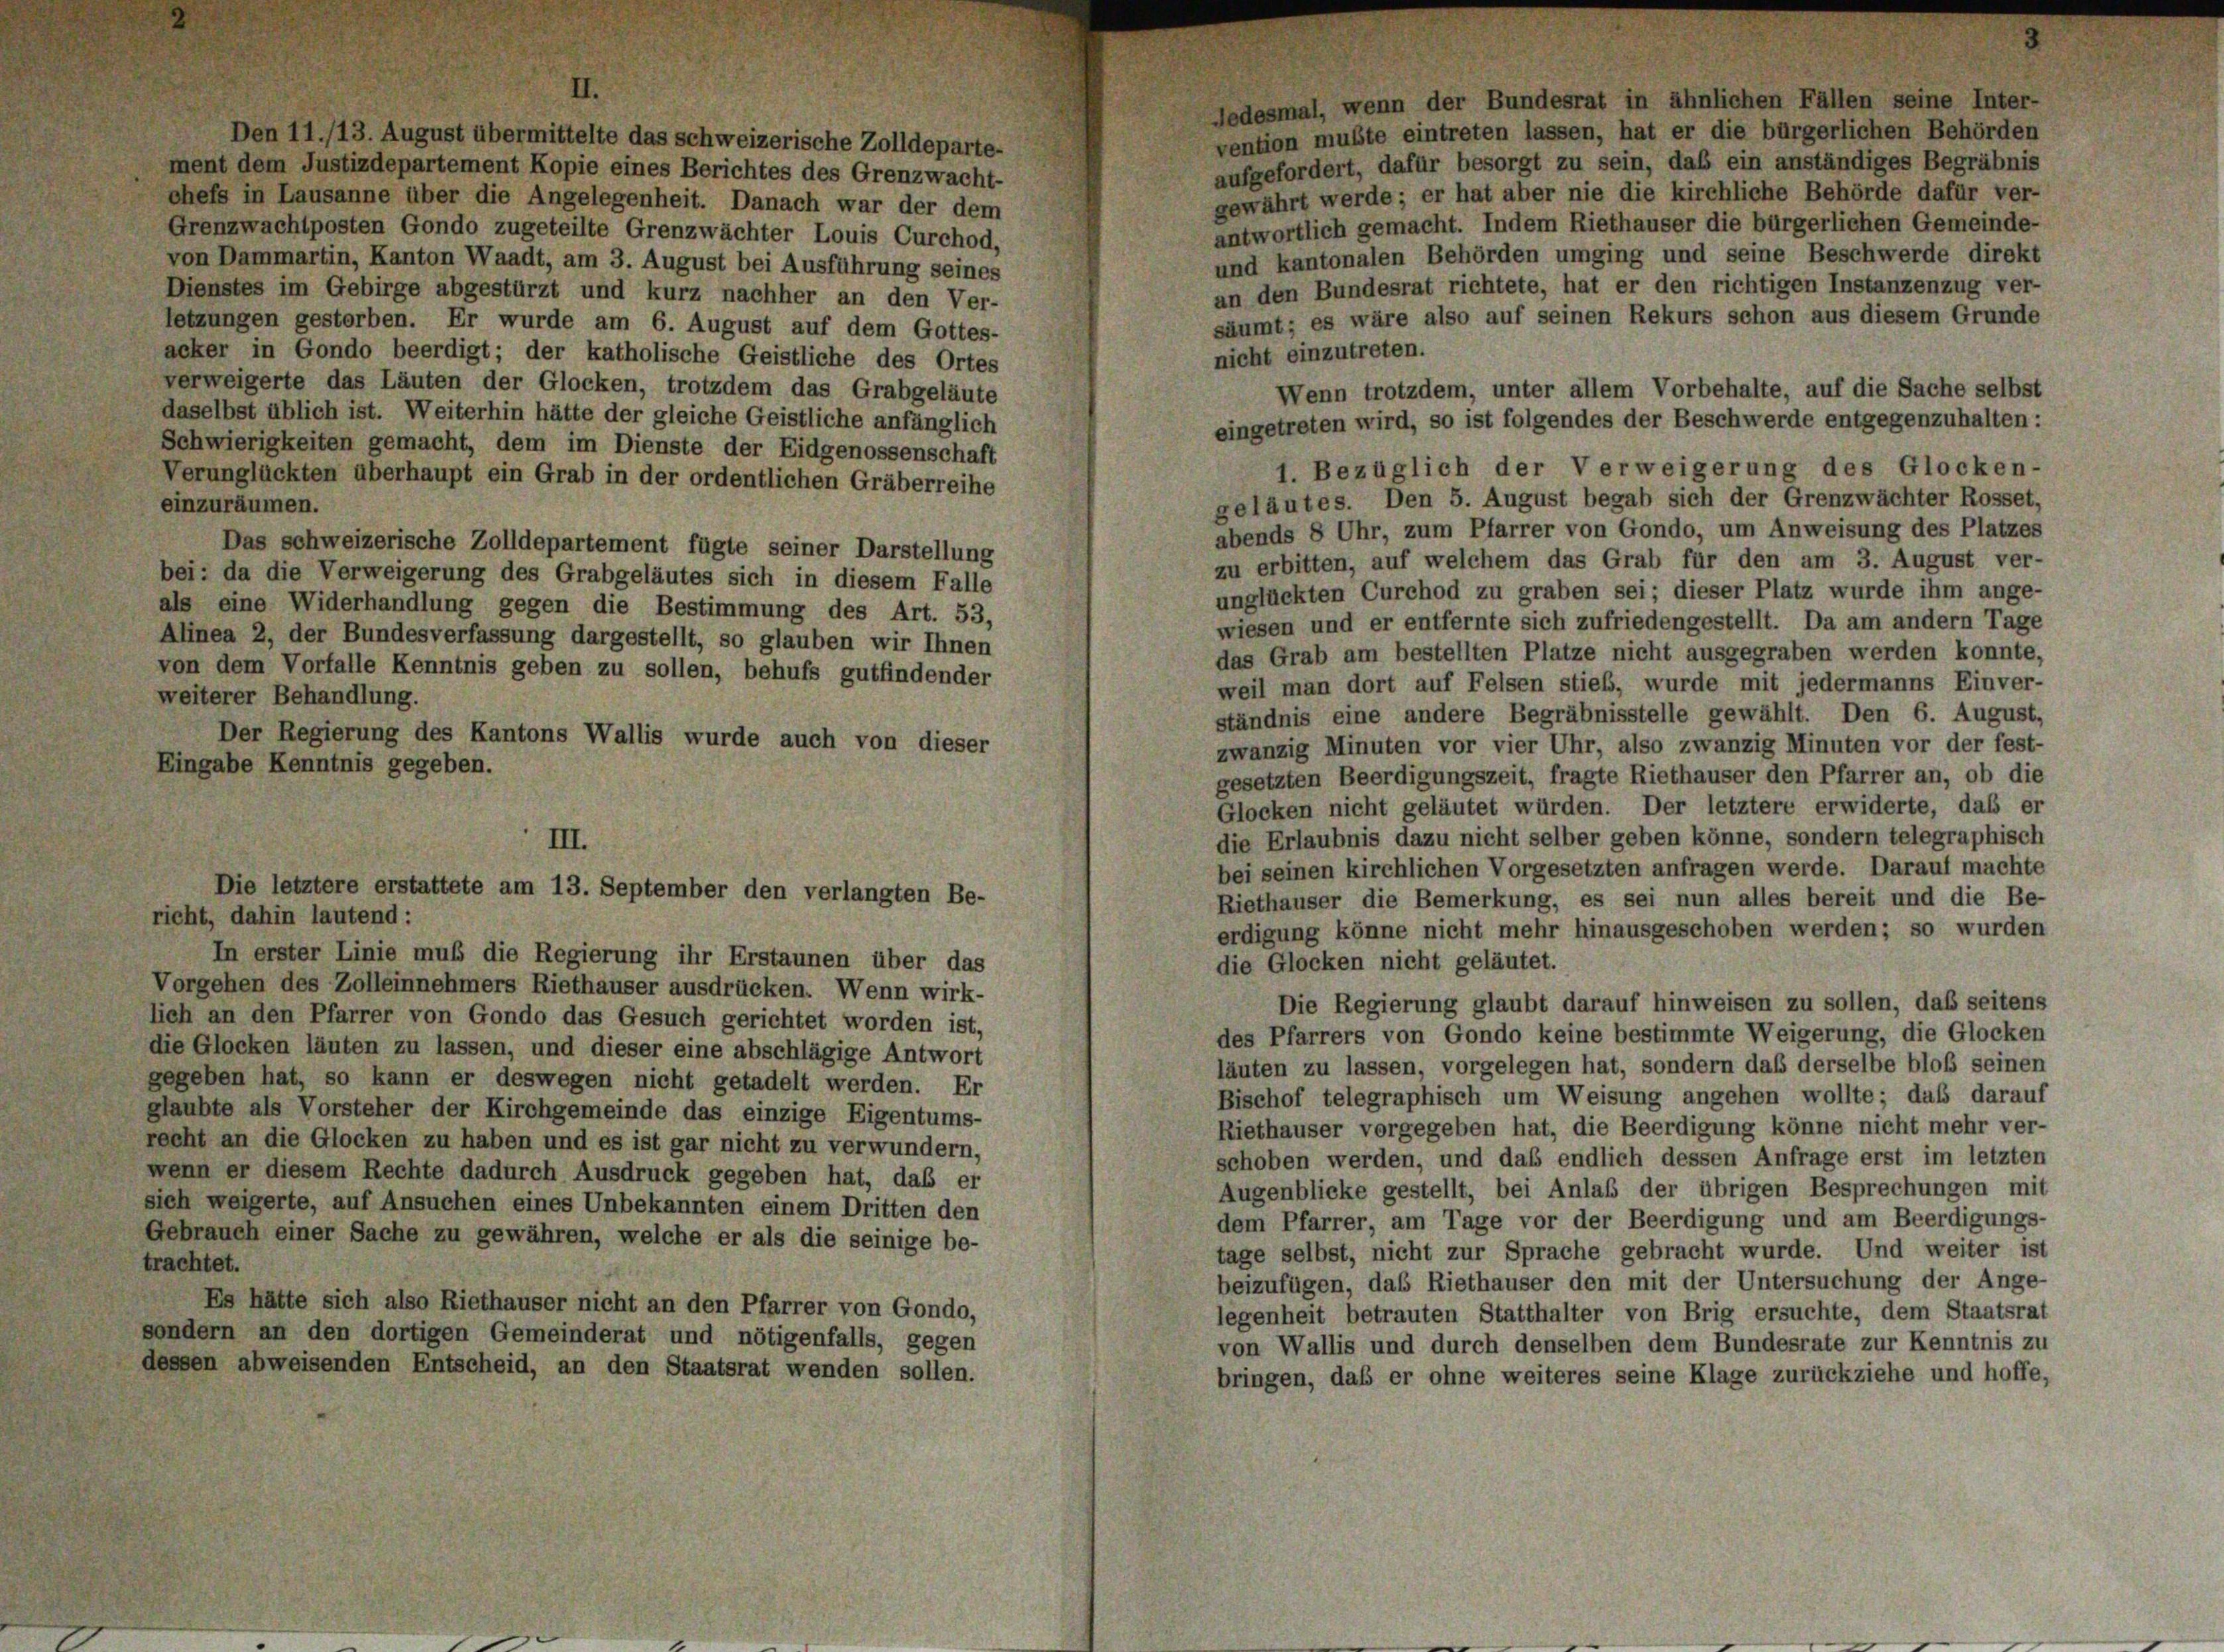
vention mußte eintreten lassen, hat er die bürgerlichen Behörden
Den 11./13. August übermittelte das schweizerische Zolldeparte-
aufgefordert, dafür besorgt zu sein, daß ein anständiges Begräbnis
ment dem Justizdepartement Kopie eines Berichtes des Grenzwacht-
gewährt werde; er hat aber nie die kirchliche Behörde dafür ver-
chefs in Lausanne über die Angelegenheit. Danach war der dem
antwortlich gemacht. Indem Riethauser die bürgerlichen Gemeinde-
Grenzwachtposten Gondo zugeteilte Grenzwächter Louis Curchod,
und kantonalen Behörden umging und seine Beschwerde direkt
von Dammartin, Kanton Waadt, am 3. August bei Ausführung seines
an den Bundesrat richtete, hat er den richtigen Instanzenzug ver-
Dienstes im Gebirge abgestürzt und kurz nachher an den Ver-
säumt; es wäre also auf seinen Rekurs schon aus diesem Grunde
letzungen gestorben. Er wurde am 6. August auf dem Gottes-
nicht einzutreten.
acker in Gondo beerdigt; der katholische Geistliche des Ortes
verweigerte das Läuten der Glocken, trotzdem das Grabgeläute
Wenn trotzdem, unter allem Vorbehalte, auf die Sache selbst
daselbst üblich ist. Weiterhin hätte der gleiche Geistliche anfänglich
eingetreten wird, so ist folgendes der Beschwerde entgegenzuhalten:
Schwierigkeiten gemacht, dem im Dienste der Eidgenossenschaft
1. Bezüglich der Verweigerung des Glocken-
Verunglückten überhaupt ein Grab in der ordentlichen Gräberreihe
geläutes. Den 5. August begab sich der Grenzwächter Rosset,
einzuräumen.
abends 8 Uhr, zum Pfarrer von Gondo, um Anweisung des Platzes
Das schweizerische Zolldepartement fügte seiner Darstellung
zu erbitten, auf welchem das Grab für den am 3. August ver-
bei: da die Verweigerung des Grabgeläutes sich in diesem Falle
unglückten Curchod zu graben sei; dieser Platz wurde ihm ange-
als eine Widerhandlung gegen die Bestimmung des Art. 53,
wiesen und er entfernte sich zufriedengestellt. Da am andern Tage
Alinea 2, der Bundesverfassung dargestellt, so glauben wir Ihnen
das Grab am bestellten Platze nicht ausgegraben werden konnte,
von dem Vorfalle Kenntnis geben zu sollen, behufs gutfindender
weil man dort auf Felsen stieb, wurde mit jedermanns Einver-
weiterer Behandlung.
ständnis eine andere Begräbnisstelle gewählt. Den 6. August.
Der Regierung des Kantons Wallis wurde auch von dieser
zwanzig Minuten vor vier Uhr, also zwanzig Minuten vor der fest-
Eingabe Kenntnis gegeben.
gesetzten Beerdigungszeit, fragte Riethauser den Pfarrer an, ob die
Glocken nicht geläutet würden. Der letztere erwiderte, daß er
die Erlaubnis dazu nicht selber geben könne, sondern telegraphisch
III.
bei seinen kirchlichen Vorgesetzten anfragen werde. Darauf machte
Die letztere erstattete am 13. September den verlangten Be-
Riethauser die Bemerkung, es sei nun alles bereit und die Be-
richt, dahin lautend:
erdigung könne nicht mehr hinausgeschoben werden; so wurden
In erster Linie muß die Regierung ihr Erstaunen über das
die Glocken nicht geläutet.
Vorgehen des Zolleinnehmers Riethäuser ausdrücken. Wenn wirk-
Die Regierung glaubt darauf hinweisen zu sollen, daß seitens
lich an den Pfarrer von Gondo das Gesuch gerichtet worden ist,
des Pfarrers von Gondo keine bestimmte Weigerung, die Glocken
die Glocken läuten zu lassen, und dieser eine abschlägige Antwort
läuten zu lassen, vorgelegen hat, sondern daß derselbe bloß seinen
gegeben hat, so kann er deswegen nicht getadelt werden. Er
Bischof telegraphisch um Weisung angehen wollte; daß darauf
glaubte als Vorsteher der Kirchgemeinde das einzige Eigentums-
Riethauser vorgegeben hat, die Beerdigung könne nicht mehr ver-
recht an die Glocken zu haben und es ist gar nicht zu verwundern,
schoben werden, und daß endlich dessen Anfrage erst im letzten
wenn er diesem Rechte dadurch Ausdruck gegeben hat, daß er
Augenblicke gestellt, bei Anlaß der übrigen Besprechungen mit
sich weigerte, auf Ansuchen eines Unbekannten einem Dritten den
dem Pfarrer, am Tage vor der Beerdigung und am Beerdigungs-
Gebrauch einer Sache zu gewähren, welche er als die seinige be-
tage selbst, nicht zur Sprache gebracht wurde. Und weiter ist
trachtet.
beizufügen, daß Riethauser den mit der Untersuchung der Ange-
Es hätte sich also Riethauser nicht an den Pfarrer von Gondo,
legenheit betrauten Statthalter von Brig ersuchte, dem Staatsrat
sondern an den dortigen Gemeinderat und nötigenfalls, gegen
von Wallis und durch denselben dem Bundesrate zur Kenntnis zu
dessen abweisenden Entscheid, an den Staatsrat wenden sollen.
bringen, daß er ohne weiteres seine Klage zurückziehe und hoffe,